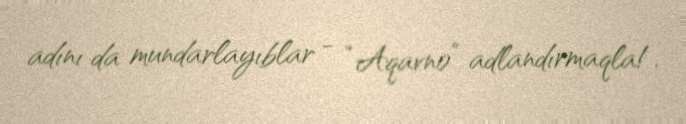
adını da mundarlayıblar - “Aqavno” adlandırmaqla!.